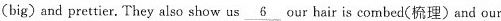
(big) and prettier. They also show us \underline{6} our hair is com bed(梳理) and our